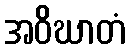
အဝိဃာတံ